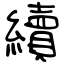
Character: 續